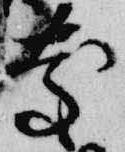
慶